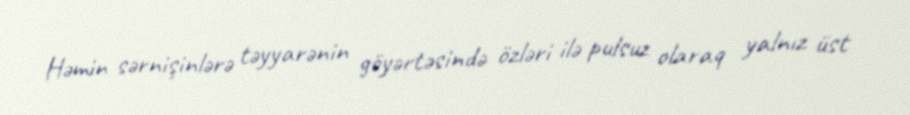
Həmin sərnişinlərə təyyarənin göyərtəsində özləri ilə pulsuz olaraq yalnız üst